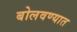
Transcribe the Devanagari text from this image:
बोलवण्यात